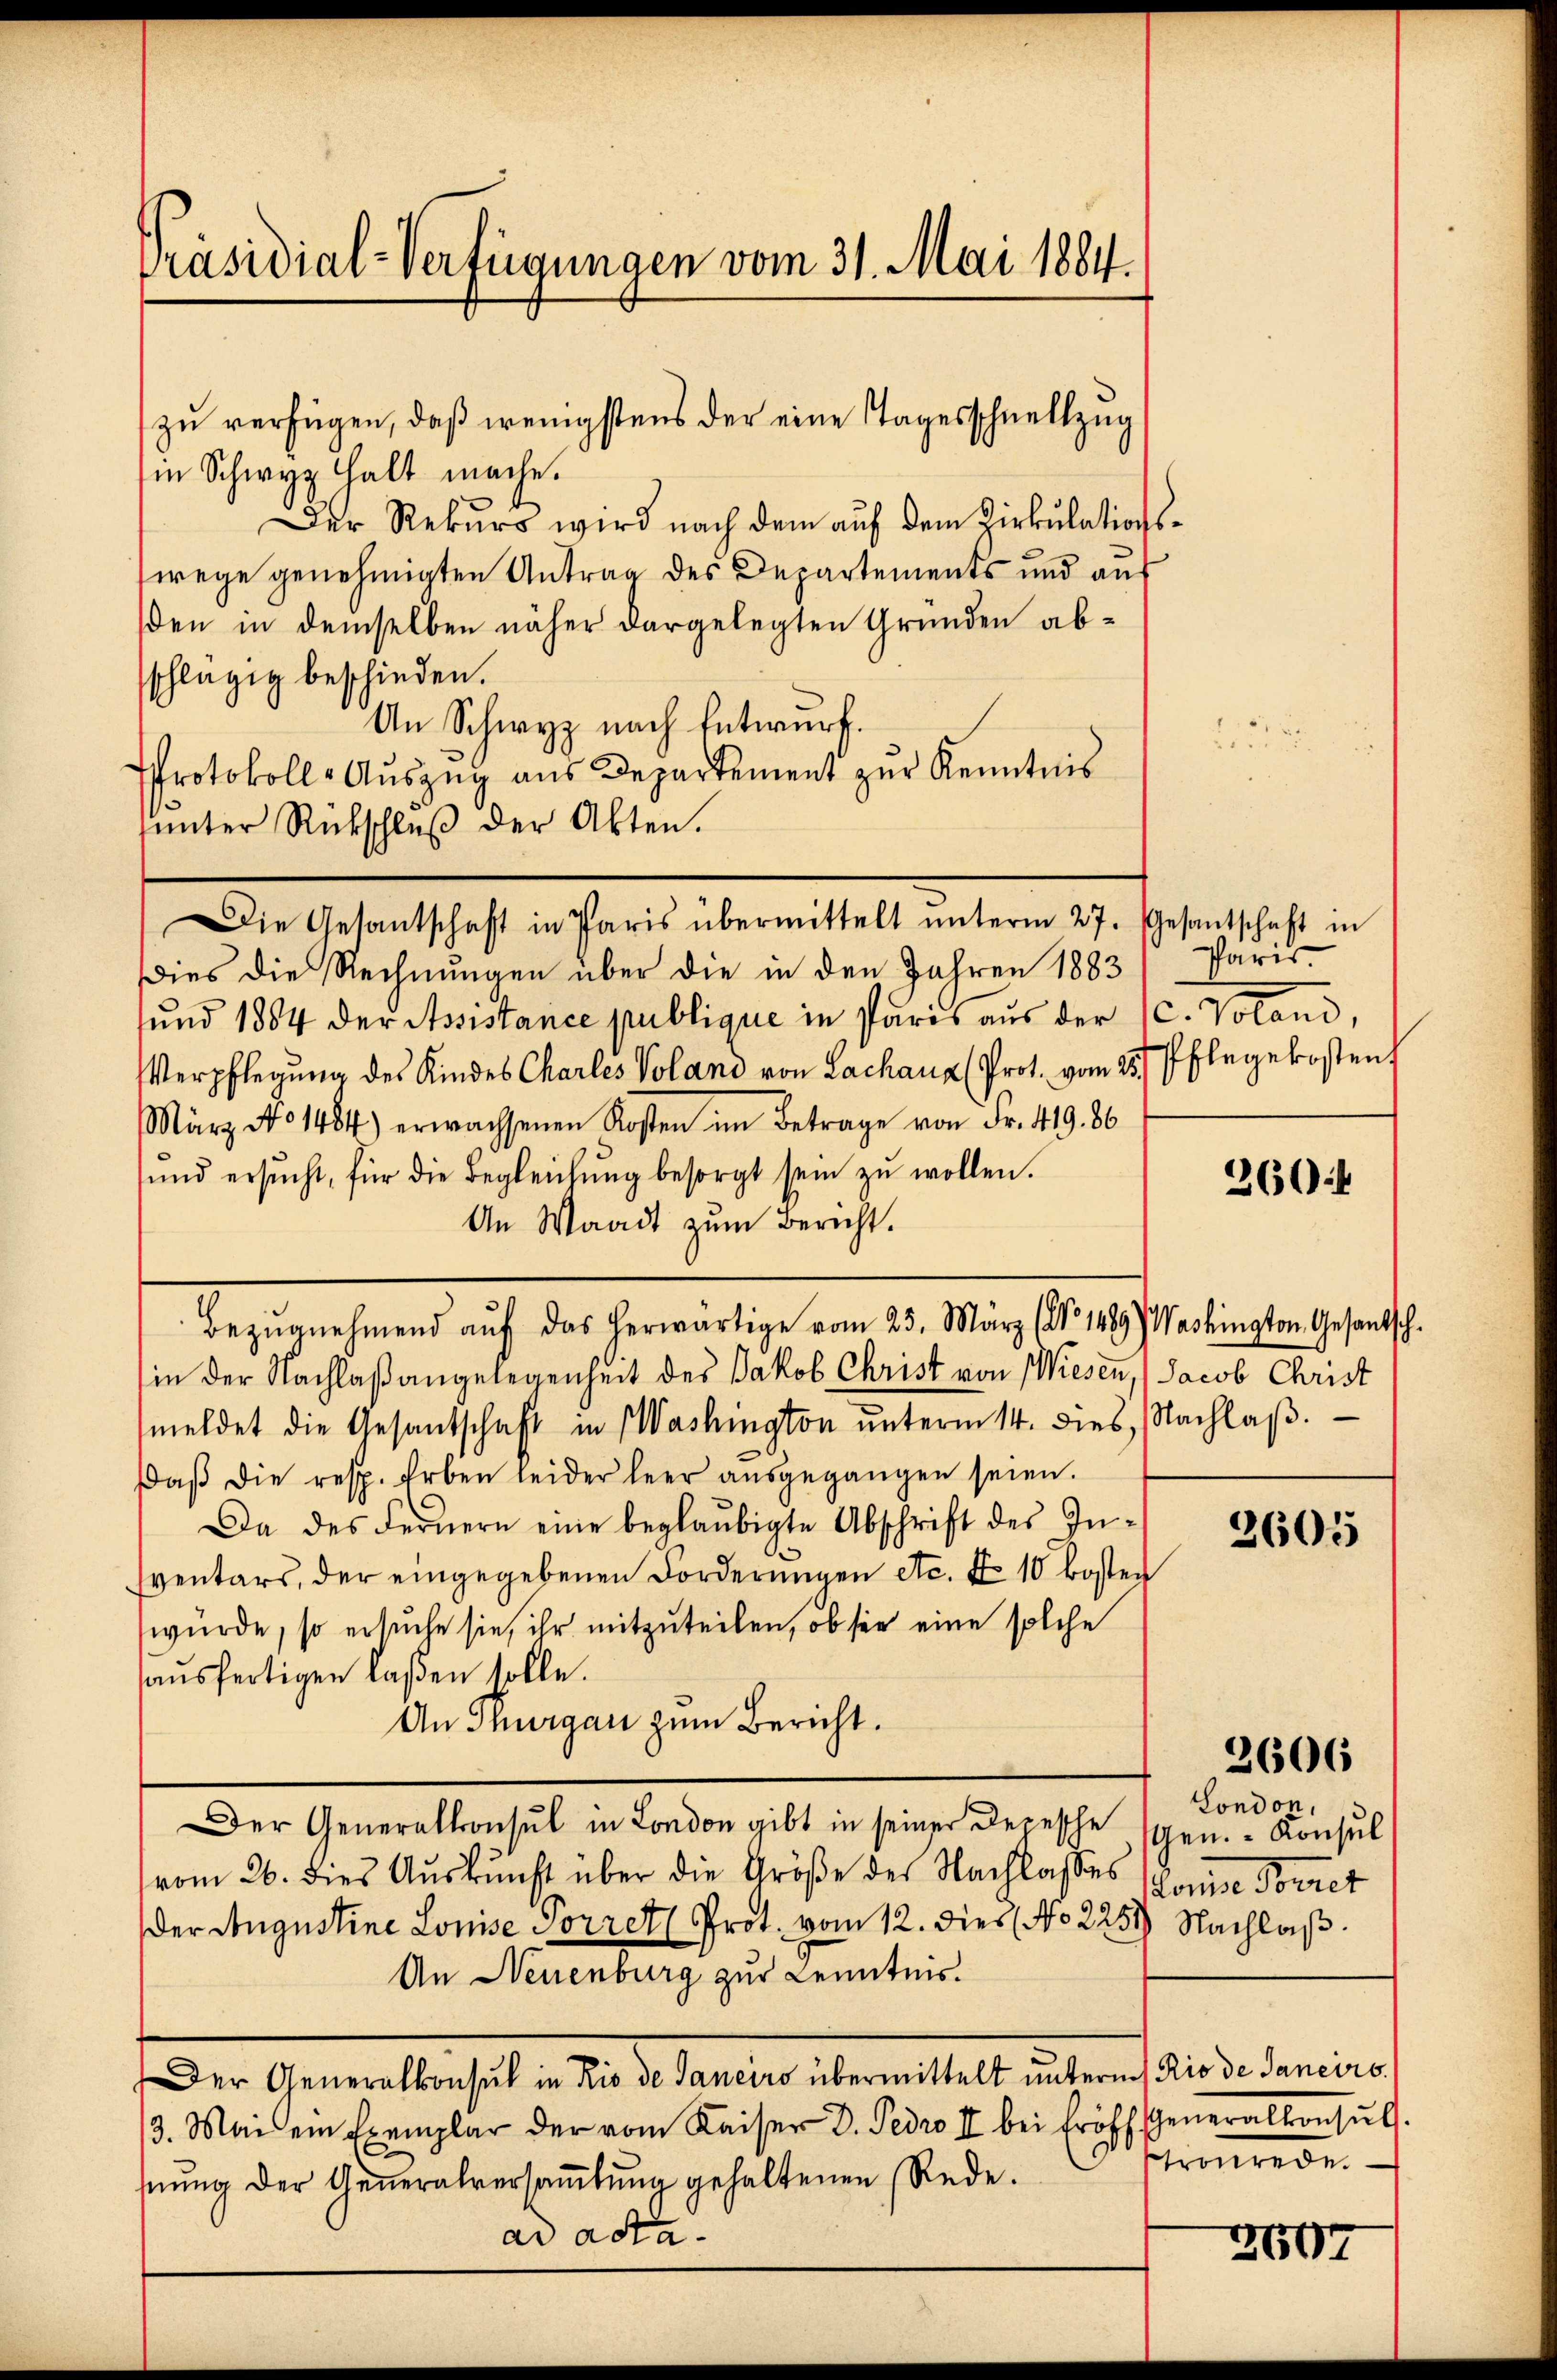
Präsidial-Verfügungen vom 31. Mai 1884.

zu verfügen, daß wenigstens der eine Tagesschnellzug
in Schwyz halt mache.
Der Rekurs wird nach dem auf dem Zirkulationswege genehmigten Antrag des Departements und auf
den in demselben näher dargelegten Gründen abschlägig beschieden.
An Schwyz nach Entwurf.
Protokoll-Auszug aus Departement zur Kenntnis
ŭnter Rückschlŭβ der Akten.
Dies die Rechnungen über die in den Jahren 1883
sund 1884 der Assistance publique in Paris aus der C. Voland,
Verpflegung des Kindes Charles Voland von Lachaus (Prot. vom 25. Pflegekosten
März No 1484) erwachsenen Kosten im Betrage von Fr. 419. 86
ŭnd ersŭcht, für die Begleichŭng besorgt sein zŭ wollen.
An Waadt zum Bericht.
in der Nachlaßangelegenheit des Jakob Christ von Wiesen, (Jacob Christ
meldet die Gesantschaft in Washington ŭnterm 14. dies, Nachlaβ.
Daβ die resp. Erben leider leer aŭsgegangen seien.
Da des Fernern eine beglaubigte Abschrift des Inventars, der eingegebenen Forderŭngen etc. No 10 kosten
würde, so ersuche sie, ihr mitzuteilen, ob sie eine solche
aŭsfertigen laßen solle.
An Thurgau zum Bericht.
Der Generalkonsul in London gibt in seiner Depesche
vom 26. dies Aŭskŭnft über die Größe der Nachlasses Komise Forret
Der Augustine Louise Forret Prot. vom 12. dies No 225. Nachlaß
An Neuenburg zur Kenntnis.
Der Generalkonsul in Rio de Janeiro übermittelt unterm 1 Rio de Janeiro
3. Mai ein Exemplar der vom Kaiser D. Pero II bei Eröff Generalkonsŭl.
nŭng der Generalversaṁlŭng gehaltenen Rede.
ar acta.

Bezŭgnehmend aŭf das herwärtige vom 25. März (No 1489) Washington Gesantsch-

Die Gesantschaft in Paris übermittelt ŭnterm 27. Gesantschaft in

Paris

260 f

2605

London,
schen. Konsul

2606

tronerei.

2607